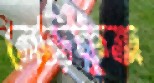
নেড়িকুত্তা